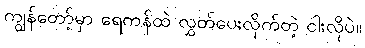
ကျွန်တော့်မှာ ရေကန်ထဲ လွှတ်ပေးလိုက်တဲ့ ငါးလိုပဲ။